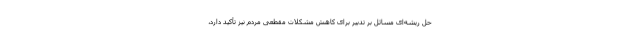
حل ریشه‌ای مسائل بر تدبیر برای کاهش مشکلات مقطعی مردم نیز تأکید دارد،